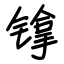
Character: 镎